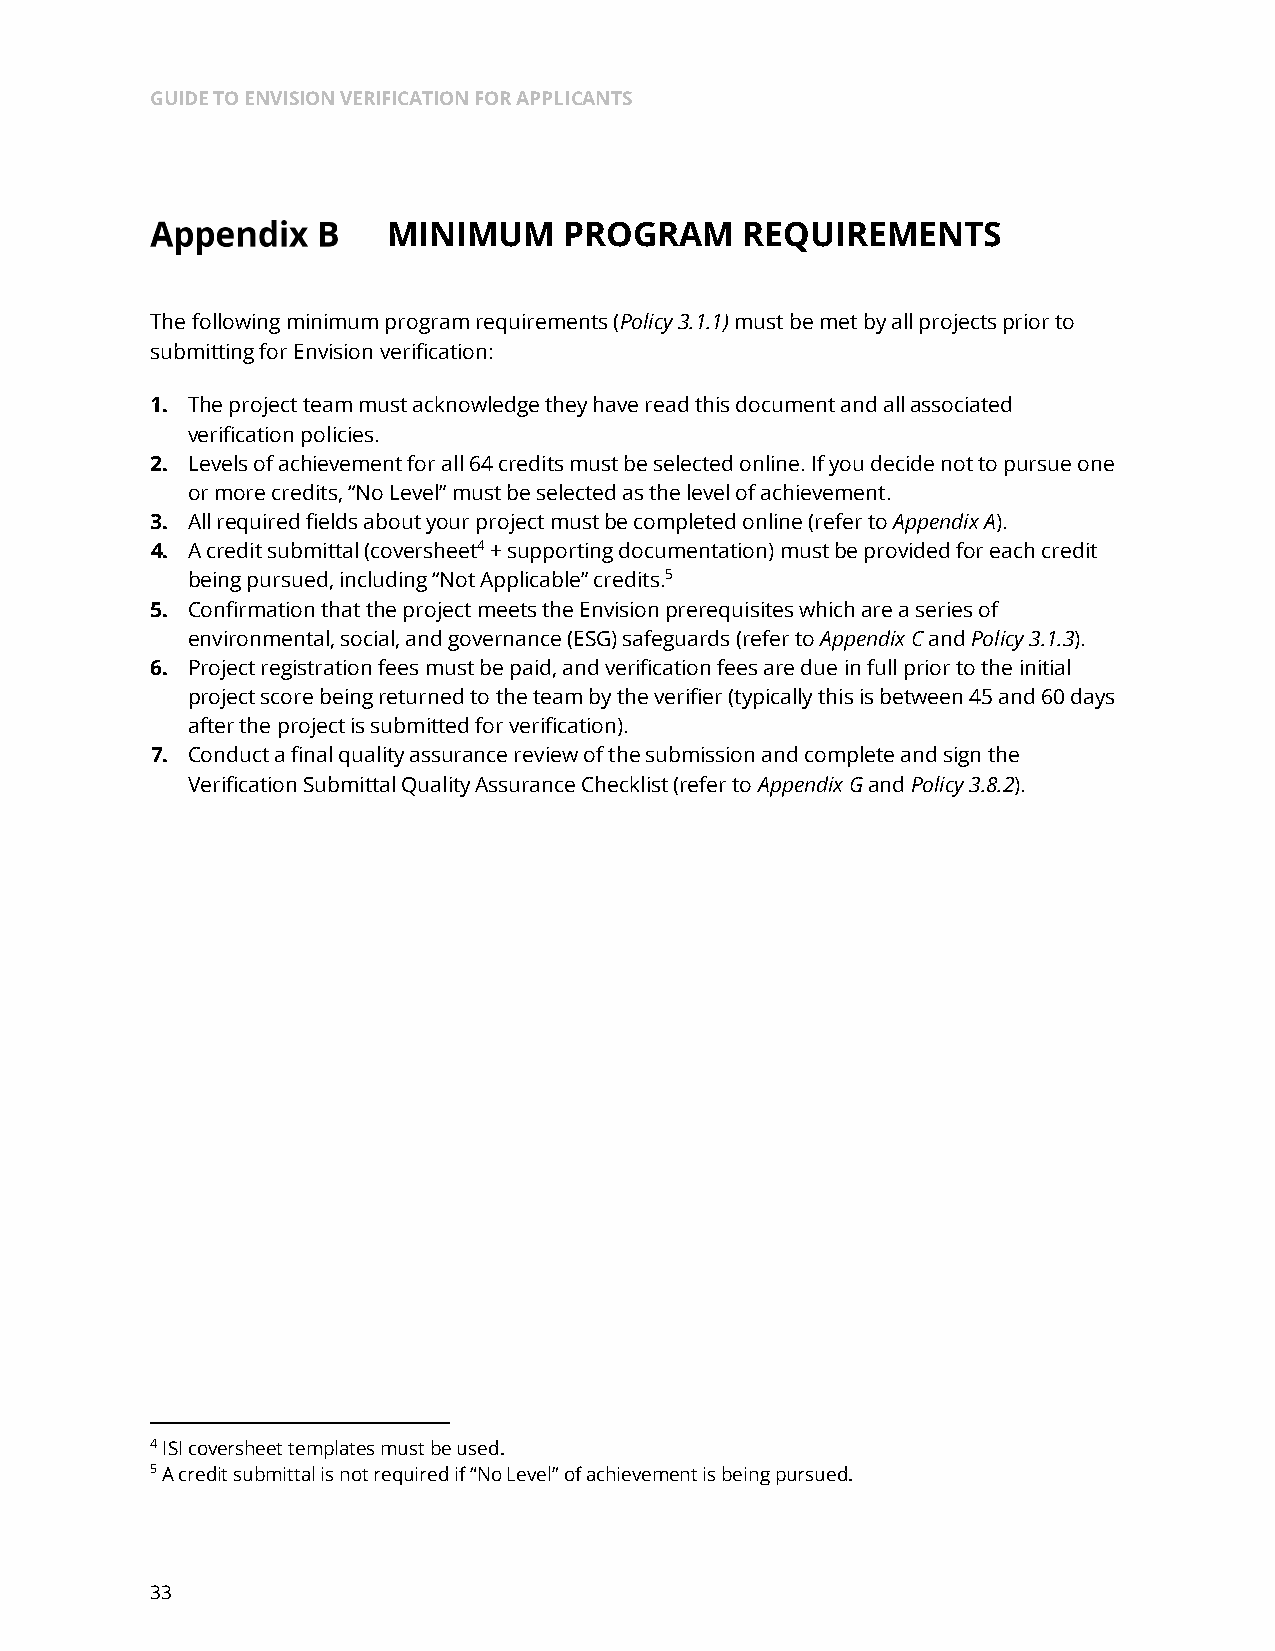
GUIDE TO ENVISION VERIFICATION FOR APPLICANTS
 MINIMUM    PROGRAM     REQUIREMENTS
 The following minimum program requirements (Policy 3.1.1) must be met by all projects prior to
 submitting for Envision verification:
 1. The project team must acknowledge they have read this document and all associated
 verification policies.
 2. Levels of achievement for all 64 credits must be selected online. If you decide not to pursue one
 or more credits, “No Level” must be selected as the level of achievement.
 3. All required fields about your project must be completed online (refer to Appendix A).
 4. A credit submittal (coversheet4 + supporting documentation) must be provided for each credit
 being pursued, including “Not Applicable” credits.5
 5. Confirmation that the project meets the Envision prerequisites which are a series of
 environmental, social, and governance (ESG) safeguards (refer to Appendix C and Policy 3.1.3).
 6. Project registration fees must be paid, and verification fees are due in full prior to the initial
 project score being returned to the team by the verifier (typically this is between 45 and 60 days
 after the project is submitted for verification).
 7. Conduct a final quality assurance review of the submission and complete and sign the
 Verification Submittal Quality Assurance Checklist (refer to Appendix G and Policy 3.8.2).
 4 ISI coversheet templates must be used.
 5 A credit submittal is not required if “No Level” of achievement is being pursued.
 33